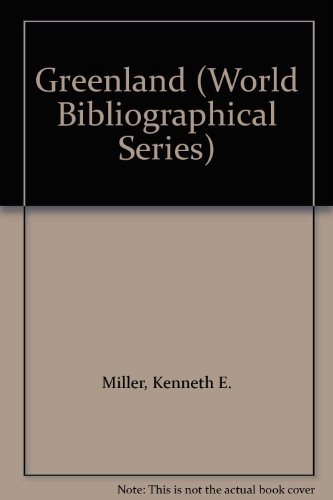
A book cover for Greenland (World Bibliographical Series); Kenneth E. Miller; History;